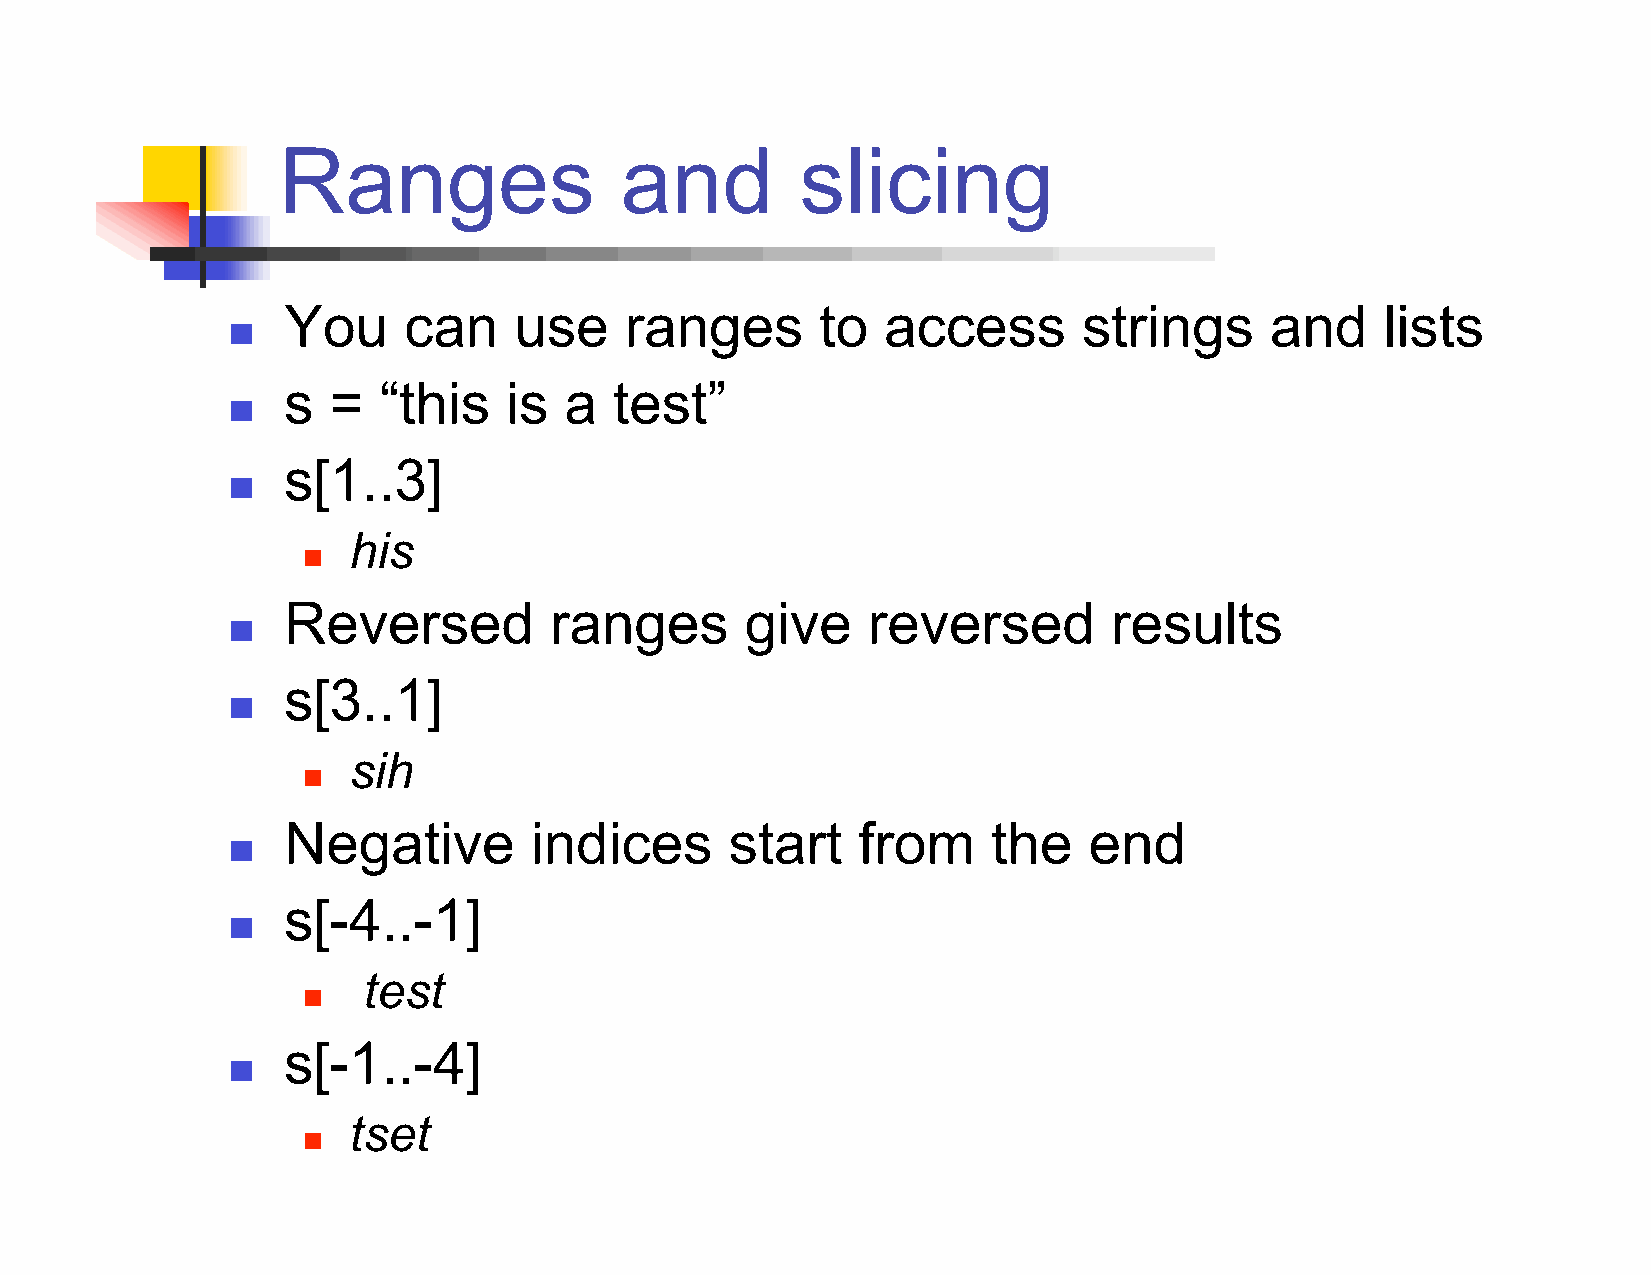
Ranges                 and         slicing
 You     can    use    ranges       to   access       strings     and     lists
 
 s  =  “this   is  a   test”
 
 s[1..3]
 
 his
 
 Reversed         ranges       give    reversed         results
 
 s[3..1]
 
 sih
 
 Negative        indices      start    from     the   end
 
 s[-4..-1]
 
 test
 
 s[-1..-4]
 
 tset
 